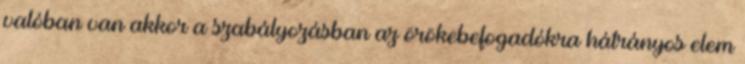
valóban van akkor a szabályozásban az örökebefogadókra hátrányos elem